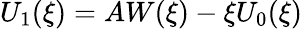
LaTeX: U_{1}(\xi)=AW(\xi)-\xi U_{0}(\xi)